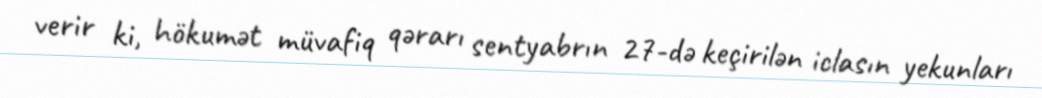
verir ki, hökumət müvafiq qərarı sentyabrın 27-də keçirilən iclasın yekunları